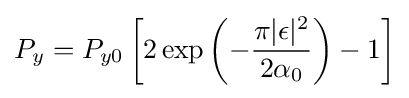
P_{y}=P_{y0}\left[2\exp \left({-{\frac {\pi |\epsilon |^{2}}{2\alpha _{0}}}}\right)-1\right]